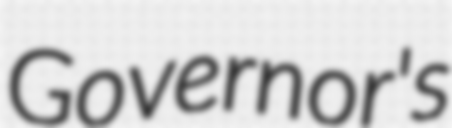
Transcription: Governor's